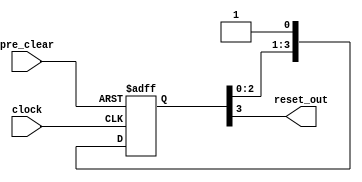
module memphy_alt_mem_phy_reset_pipe (
                                input  wire clock,
                                input  wire pre_clear,
                                output wire reset_out
                              );
parameter PIPE_DEPTH = 4;
    reg [PIPE_DEPTH - 1 : 0]  ams_pipe;
    integer                   i;
        always @(posedge clock or negedge pre_clear)
        begin
            if (pre_clear == 1'b0)
            begin
                ams_pipe <= 0;
            end
            else
            begin
               for (i=0; i< PIPE_DEPTH; i = i + 1)
               begin
                   if (i==0)
                       ams_pipe[i] <= 1'b1;
                   else
                       ams_pipe[i] <= ams_pipe[i-1];
               end
            end 
        end 
    assign reset_out = ams_pipe[PIPE_DEPTH-1];
endmodule